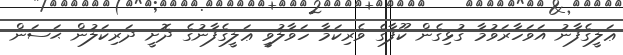
ޢަލީގެފާނު އަވަހާރަވުމާ ގުޅިގެން ކޫފާގެ ވެރިކަމާ ހަވާލުވީ ޢަލީގެފާނުގެ ދޮށީ ދަރިކަލުން ޙަސަން